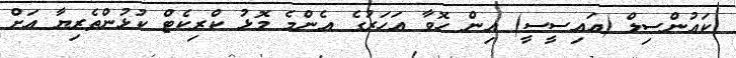
ކައުންސިލް (އައިސީސީ) އިން ހޮވާ އަހަރުގެ އެންމެ މޮޅު ކްރިކެޓް ކުޅުންތެރިޔާ އަށް